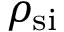
\rho _ { \mathrm { { s i } } }